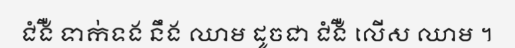
ជំងឺ ទាក់ទង នឹង ឈាម ដូចជា ជំងឺ លើស ឈាម ។